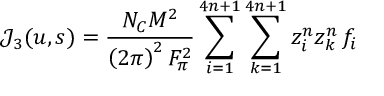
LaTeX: \mathcal { J } _ { 3 } ( u , s ) = \frac { N _ { C } M ^ { 2 } } { \left( 2 \pi \right) ^ { 2 } F _ { \pi } ^ { 2 } } \sum _ { i = 1 } ^ { 4 n + 1 } \sum _ { k = 1 } ^ { 4 n + 1 } z _ { i } ^ { n } z _ { k } ^ { n } \, f _ { i }